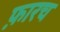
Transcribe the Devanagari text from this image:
फ़ारच